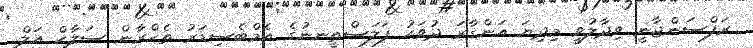
ރަފްސަންޖާނީ ވިދާލުވީ މިދިޔަ އަންގާރަ ދުވަހު ފަލަސްތީނނުގެ އެމްބެސިޑަރު ތެހްރާން ސަލާޙް އަލް